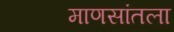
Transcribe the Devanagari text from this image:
माणसांतला